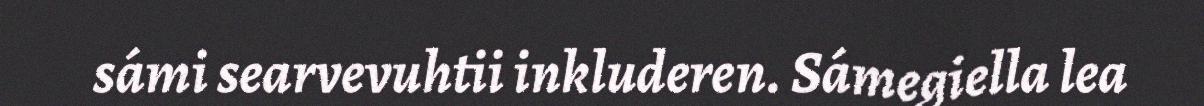
sámi searvevuhtii inkluderen. Sámegiella lea